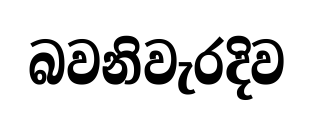
බවනිවැරදිව